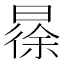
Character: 𣉹